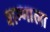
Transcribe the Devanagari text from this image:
शम्भाला